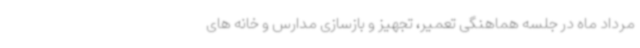
مرداد ماه در جلسه هماهنگی تعمیر، تجهیز و بازسازی مدارس و خانه های